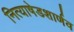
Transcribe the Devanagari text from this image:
नित्याषेडशार्णव